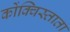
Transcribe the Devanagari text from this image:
कोंक्विस्ताता